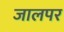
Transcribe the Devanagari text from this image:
जालपर